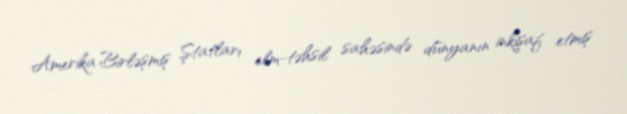
Amerika Birləşmiş Ştatları elm-təhsil sahəsində dünyanın inkişaf etmiş